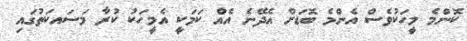
ކޮންމެ މީހަކުވެސް އެންމެ ބޮޑަށް އެދޭނެ އެއް ކަމަކީ އެމީހަކު ކުރާ މަސައކަތުގައި